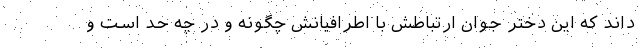
داند که این دختر جوان ارتباطش با اطرافیانش چگونه و در چه حد است و